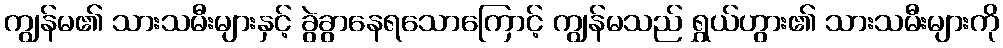
ကျွန်မ၏ သားသမီးများနှင့် ခွဲခွာနေရသောကြောင့် ကျွန်မသည် ရွှယ်ဟွား၏ သားသမီးများကို